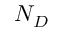
N _ { D }